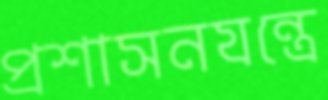
প্রশাসনযন্ত্রে